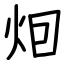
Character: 𤇆